Vaccination Hyderabad 1872-1889 - 1872-1889
Year: 1872
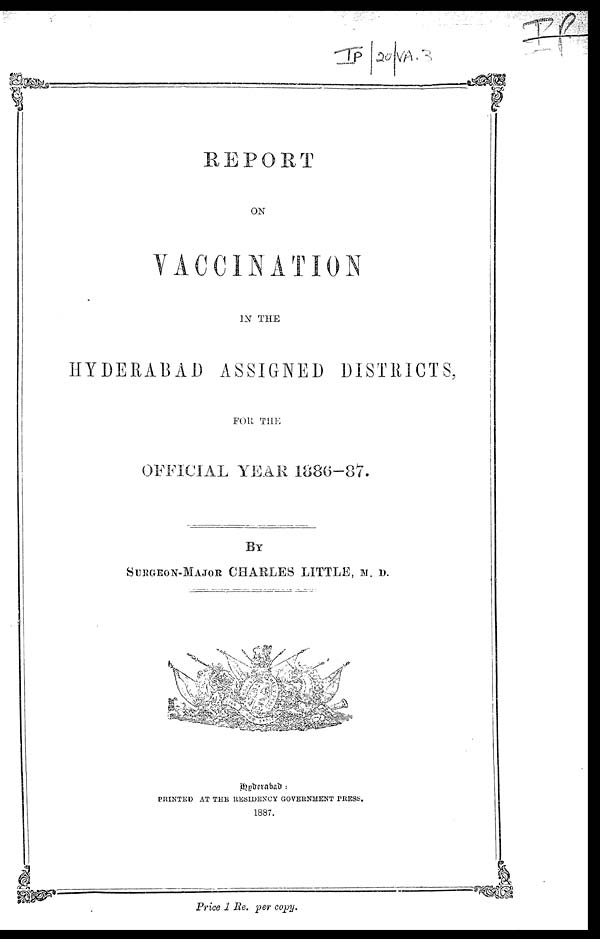
REPORT
ON
VACCINATION
IN THE
HYDERABAD ASSIGNED DISTRICTS,
FOR THE
OFFICIAL YEAR 1886—87.
BY
SURGEON-MAJOR CHARLES LITTLE, M. D.
Hyderabad:
PRINTED AT THE RESIDENCY GOVERNMENT PRESS.
1887.
Price 1 Re. per copy.